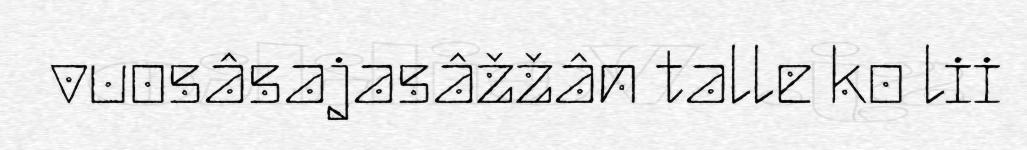
vuosâsajasâžžân talle ko lii